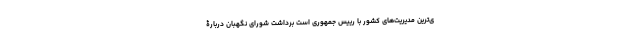
ی‌ترین مدیریت‌های کشور با رییس جمهوری است برداشت شورای نگهبان دربارۀ